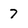
Character: 7